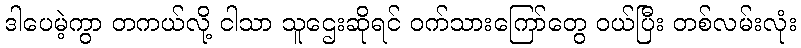
ဒါပေမဲ့ကွာ တကယ်လို့ ငါသာ သူဌေးဆိုရင် ဝက်သားကြော်တွေ ဝယ်ပြီး တစ်လမ်းလုံး